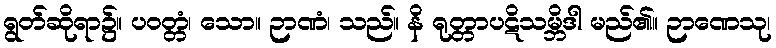
ရွတ်ဆိုရာ၌။ ပဝတ္တံ၊ သော။ ဉာဏံ၊ သည်။ နိ ရုတ္တာပဋိသမ္ဘိဒါ မည်၏။ ဉာဏေသု၊